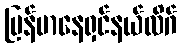
မြန်မာနေရှင်နယ်လိဂ်